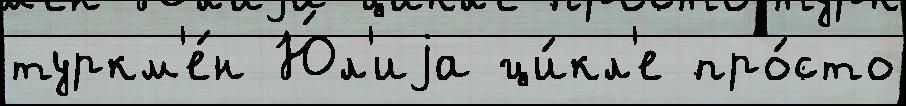
туркм'е́н Ю́л'иjа ци́кл'е про́сто